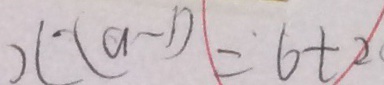
x ( a - 1 ) = 6 t _ { 2 }